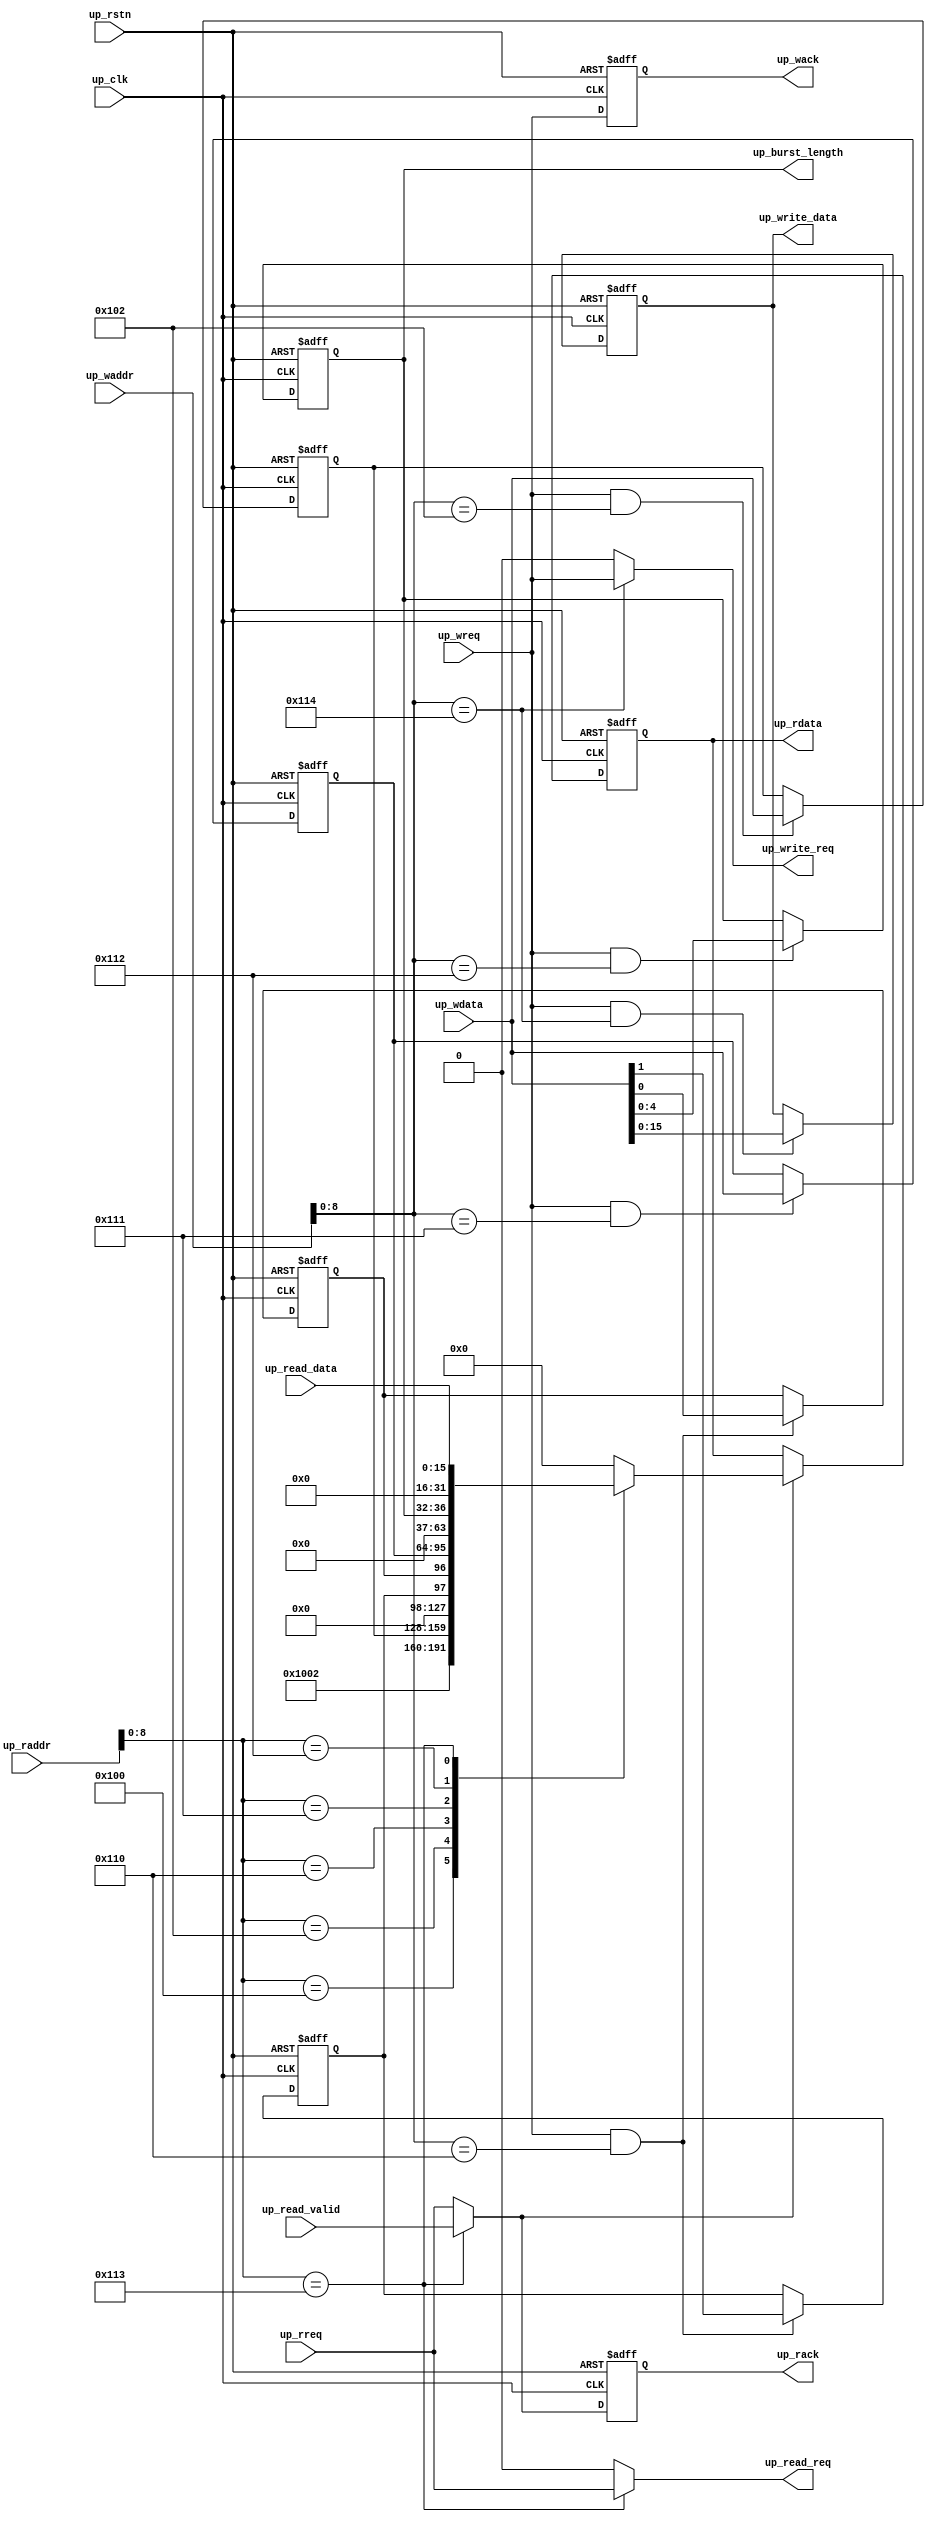
// ***************************************************************************
// ***************************************************************************
// Copyright (C) 2015-2023 Analog Devices, Inc. All rights reserved.
//
// In this HDL repository, there are many different and unique modules, consisting
// of various HDL (Verilog or VHDL) components. The individual modules are
// developed independently, and may be accompanied by separate and unique license
// terms.
//
// The user should read each of these license terms, and understand the
// freedoms and responsibilities that he or she has by using this source/core.
//
// This core is distributed in the hope that it will be useful, but WITHOUT ANY
// WARRANTY; without even the implied warranty of MERCHANTABILITY or FITNESS FOR
// A PARTICULAR PURPOSE.
//
// Redistribution and use of source or resulting binaries, with or without modification
// of this file, are permitted under one of the following two license terms:
//
//   1. The GNU General Public License version 2 as published by the
//      Free Software Foundation, which can be found in the top level directory
//      of this repository (LICENSE_GPL2), and also online at:
//      <https://www.gnu.org/licenses/old-licenses/gpl-2.0.html>
//
// OR
//
//   2. An ADI specific BSD license, which can be found in the top level directory
//      of this repository (LICENSE_ADIBSD), and also on-line at:
//      https://github.com/analogdevicesinc/hdl/blob/main/LICENSE_ADIBSD
//      This will allow to generate bit files and not release the source code,
//      as long as it attaches to an ADI device.
//
// ***************************************************************************
// ***************************************************************************

`timescale 1ns/100ps

module axi_ad7616_control #(

  parameter   ID = 0
) (

  // control signals

  input       [15:0]      up_read_data,
  input                   up_read_valid,
  output  reg [15:0]      up_write_data,
  output                  up_read_req,
  output                  up_write_req,

  output  reg [ 4:0]      up_burst_length,

  // bus interface

  input                   up_rstn,
  input                   up_clk,
  input                   up_wreq,
  input       [13:0]      up_waddr,
  input       [31:0]      up_wdata,
  output  reg             up_wack,
  input                   up_rreq,
  input       [13:0]      up_raddr,
  output  reg [31:0]      up_rdata,
  output  reg             up_rack
);

  localparam  PCORE_VERSION = 'h00001002;
  localparam  POS_EDGE = 0;
  localparam  NEG_EDGE = 1;

  // internal signals

  reg     [31:0]  up_scratch = 32'b0;
  reg             up_resetn = 1'b0;
  reg             up_cnvst_en = 1'b0;
  reg     [31:0]  up_conv_rate = 32'b0;

  reg     [31:0]  cnvst_counter = 32'b0;
  reg     [ 3:0]  pulse_counter = 8'b0;
  reg             cnvst_buf = 1'b0;
  reg             cnvst_pulse = 1'b0;
  reg     [ 2:0]  chsel_ff = 3'b0;

  wire            up_rst;
  wire            up_rack_s;

  wire    [31:0]  up_read_data_s;
  wire            up_read_valid_s;

  // the up_[read/write]_data interfaces are valid just in parallel mode

  assign up_read_valid_s = up_read_valid;
  assign up_read_data_s = {16'h0, up_read_data};

  // processor write interface

  always @(negedge up_rstn or posedge up_clk) begin
    if (up_rstn == 0) begin
      up_wack <= 1'h0;
      up_scratch <= 32'b0;
      up_resetn <= 1'b0;
      up_cnvst_en <= 1'b0;
      up_conv_rate <= 32'b0;
      up_burst_length <= 5'h0;
      up_write_data <= 16'h0;
    end else begin
      up_wack <= up_wreq;
      if ((up_wreq == 1'b1) && (up_waddr[8:0] == 9'h102)) begin
        up_scratch <= up_wdata;
      end
      if ((up_wreq == 1'b1) && (up_waddr[8:0] == 9'h110)) begin
        up_resetn <= up_wdata[0];
        up_cnvst_en <= up_wdata[1];
      end
      if ((up_wreq == 1'b1) && (up_waddr[8:0] == 9'h111)) begin
        up_conv_rate <= up_wdata;
      end
      if ((up_wreq == 1'b1) && (up_waddr[8:0] == 9'h112)) begin
        up_burst_length <= up_wdata;
      end
      if ((up_wreq == 1'b1) && (up_waddr[8:0] == 9'h114)) begin
        up_write_data <= up_wdata;
      end
    end
  end

  assign up_write_req = (up_waddr[8:0] == 9'h114) ? up_wreq : 1'h0;

  // processor read interface

  assign up_rack_s = (up_raddr[8:0] == 9'h113) ? up_read_valid_s : up_rreq;
  assign up_read_req = (up_raddr[8:0] == 9'h113) ? up_rreq : 1'b0;

  always @(negedge up_rstn or posedge up_clk) begin
    if (up_rstn == 0) begin
      up_rack <= 1'b0;
      up_rdata <= 32'b0;
    end else begin
      up_rack <= up_rack_s;
      if (up_rack_s == 1'b1) begin
        case (up_raddr[8:0])
          9'h100 : up_rdata <= PCORE_VERSION;
          9'h101 : up_rdata <= ID;
          9'h102 : up_rdata <= up_scratch;
          9'h110 : up_rdata <= {29'b0, up_cnvst_en, up_resetn};
          9'h111 : up_rdata <= up_conv_rate;
          9'h112 : up_rdata <= {27'b0, up_burst_length};
          9'h113 : up_rdata <= up_read_data_s;
          default : up_rdata <= 'h0;
        endcase
      end
    end
  end

  // instantiations

  assign up_rst = ~up_rstn;

endmodule